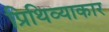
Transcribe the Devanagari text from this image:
प्रिथिव्याकार